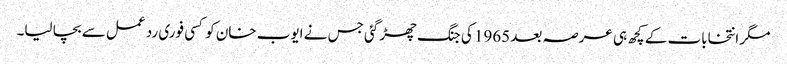
مگر انتخابات کے کچھ ہی عرصہ بعد 1965 کی جنگ چھڑ گئی جس نے ایوب خان کو کسی فوری رد عمل سے بچا لیا۔